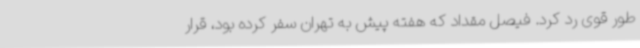
طور قوی رد کرد. فیصل مقداد که هفته پیش به تهران سفر کرده بود، قرار